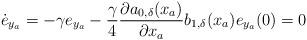
LaTeX: \begin{align*}\dot{e}_{y_a}= -\gamma e_{y_a} -\dfrac{\gamma}{4}\dfrac{\partial a_{0,\delta}(x_a)}{\partial x_a}b_{1,\delta}(x_a) e_{y_a}(0) = 0\end{align*}